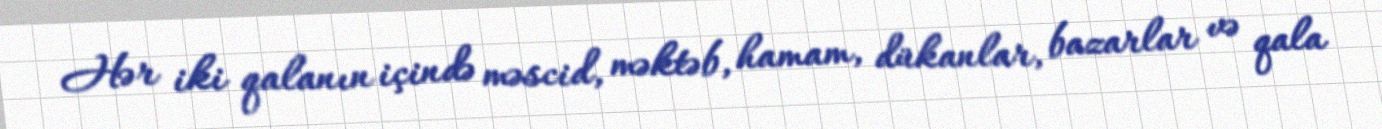
Hər iki qalanın içində məscid, məktəb, hamam, dükanlar, bazarlar və qala